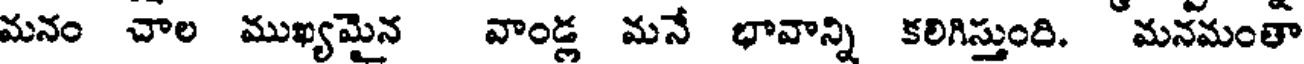
మనం చాల ముఖ్యమైన వాండ్ల మనే భావాన్ని కలిగిస్తుంది. మనమంతా